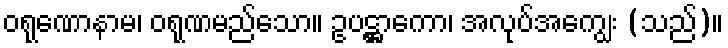
ဝရုဏောနာမ၊ ဝရုဏမည်သော။ ဥပဋ္ဌာကော၊ အလုပ်အကျွေး (သည်)။